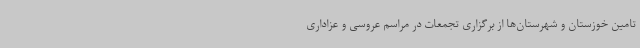
تامین خوزستان و شهرستان‌ها از برگزاری تجمعات در مراسم عروسی و عزاداری